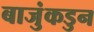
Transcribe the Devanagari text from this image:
बाजुंकडुन